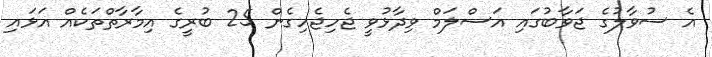
އެ ސުވާލުގެ ޖަވާބުގައި އަސްލަމް ވިދާޅުވީ ޖެހިޖެހިގެން 25 ބުރީގެ އިމާރާތްތަކެއް އަޅައި